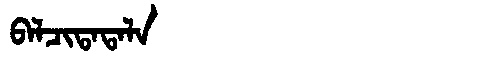
Manchu: ᠪᠠᠯᠴᡳᡨᠠᡨᠠᠯᠠ
Romanization: BALCITATALA